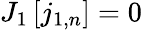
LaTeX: J_{1}\left[j_{1,n}\right]=0